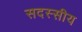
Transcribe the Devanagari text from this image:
सदस्सीय